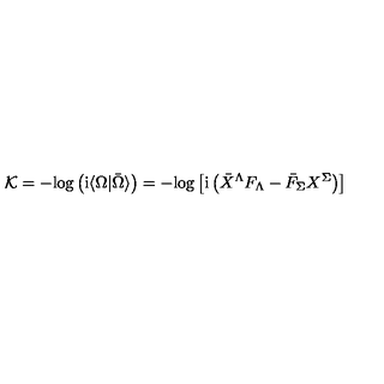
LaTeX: { \cal K } = - \mathrm { l o g } \left( \mathrm { i } \langle \Omega \vert \bar { \Omega } \rangle \right) = - \mathrm { l o g } \left[ \mathrm { i } \left( { \bar { X } } ^ { \Lambda } F _ { \Lambda } - { \bar { F } } _ { \Sigma } X ^ { \Sigma } \right) \right]